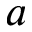
a